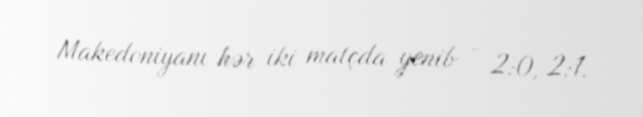
Makedoniyanı hər iki matçda yenib - 2:0, 2:1.